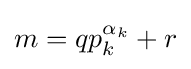
m=qp_{k}^{\alpha _{k}}+r